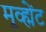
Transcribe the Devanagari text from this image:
मूव्ह्मेंट